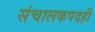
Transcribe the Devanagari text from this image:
संचालकपदही